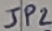
Text: JP2